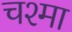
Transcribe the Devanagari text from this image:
चश्‍मा